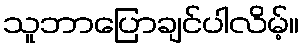
သူဘာပြောချင်ပါလိမ့်။